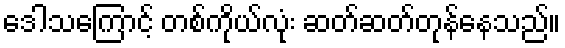
ဒေါသကြောင့် တစ်ကိုယ်လုံး ဆတ်ဆတ်တုန်နေသည်။